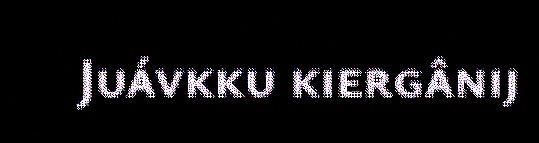
Juávkku kiergânij